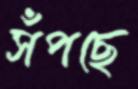
সঁপছে